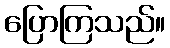
ပြောကြသည်။